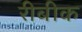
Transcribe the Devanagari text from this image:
रीबीक